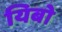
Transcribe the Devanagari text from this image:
यिबो